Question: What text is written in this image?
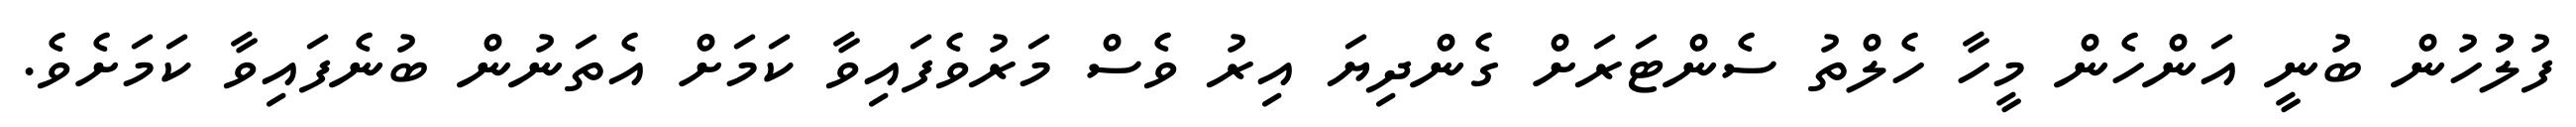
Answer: ފުލުުހުން ބުނީ އަންހެން މީހާ ހެލްތު ސެންޓަރަށް ގެންދިޔަ އިރު ވެސް މަރުވެފައިވާ ކަމަށް އެތަނުން ބުނެފައިވާ ކަމަށެވެ.